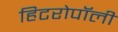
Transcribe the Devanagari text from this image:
हिटरोपॉली